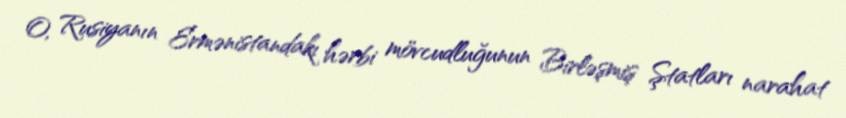
O, Rusiyanın Ermənistandakı hərbi mövcudluğunun Birləşmiş Ştatları narahat